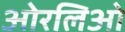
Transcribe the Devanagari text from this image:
ओरलिओ